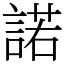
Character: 諾